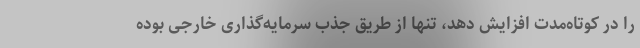
را در کوتاه‌مدت افزایش دهد، تنها از طریق جذب سرمایه‌گذاری خارجی بوده